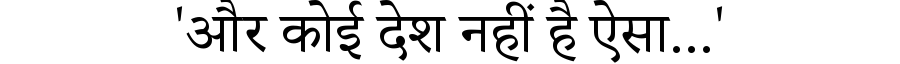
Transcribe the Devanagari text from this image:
'और कोई देश नहीं है ऐसा...'